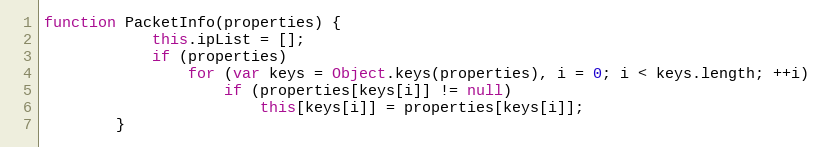
Language: JavaScript
function PacketInfo(properties) {
			this.ipList = [];
			if (properties)
				for (var keys = Object.keys(properties), i = 0; i < keys.length; ++i)
					if (properties[keys[i]] != null)
						this[keys[i]] = properties[keys[i]];
		}